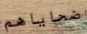
ضحاياهم